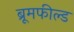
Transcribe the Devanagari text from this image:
ब्रूमफील्ड